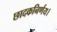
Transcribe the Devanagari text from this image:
छादकनिर्णय।